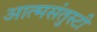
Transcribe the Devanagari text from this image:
आत्मसंतुस्टी